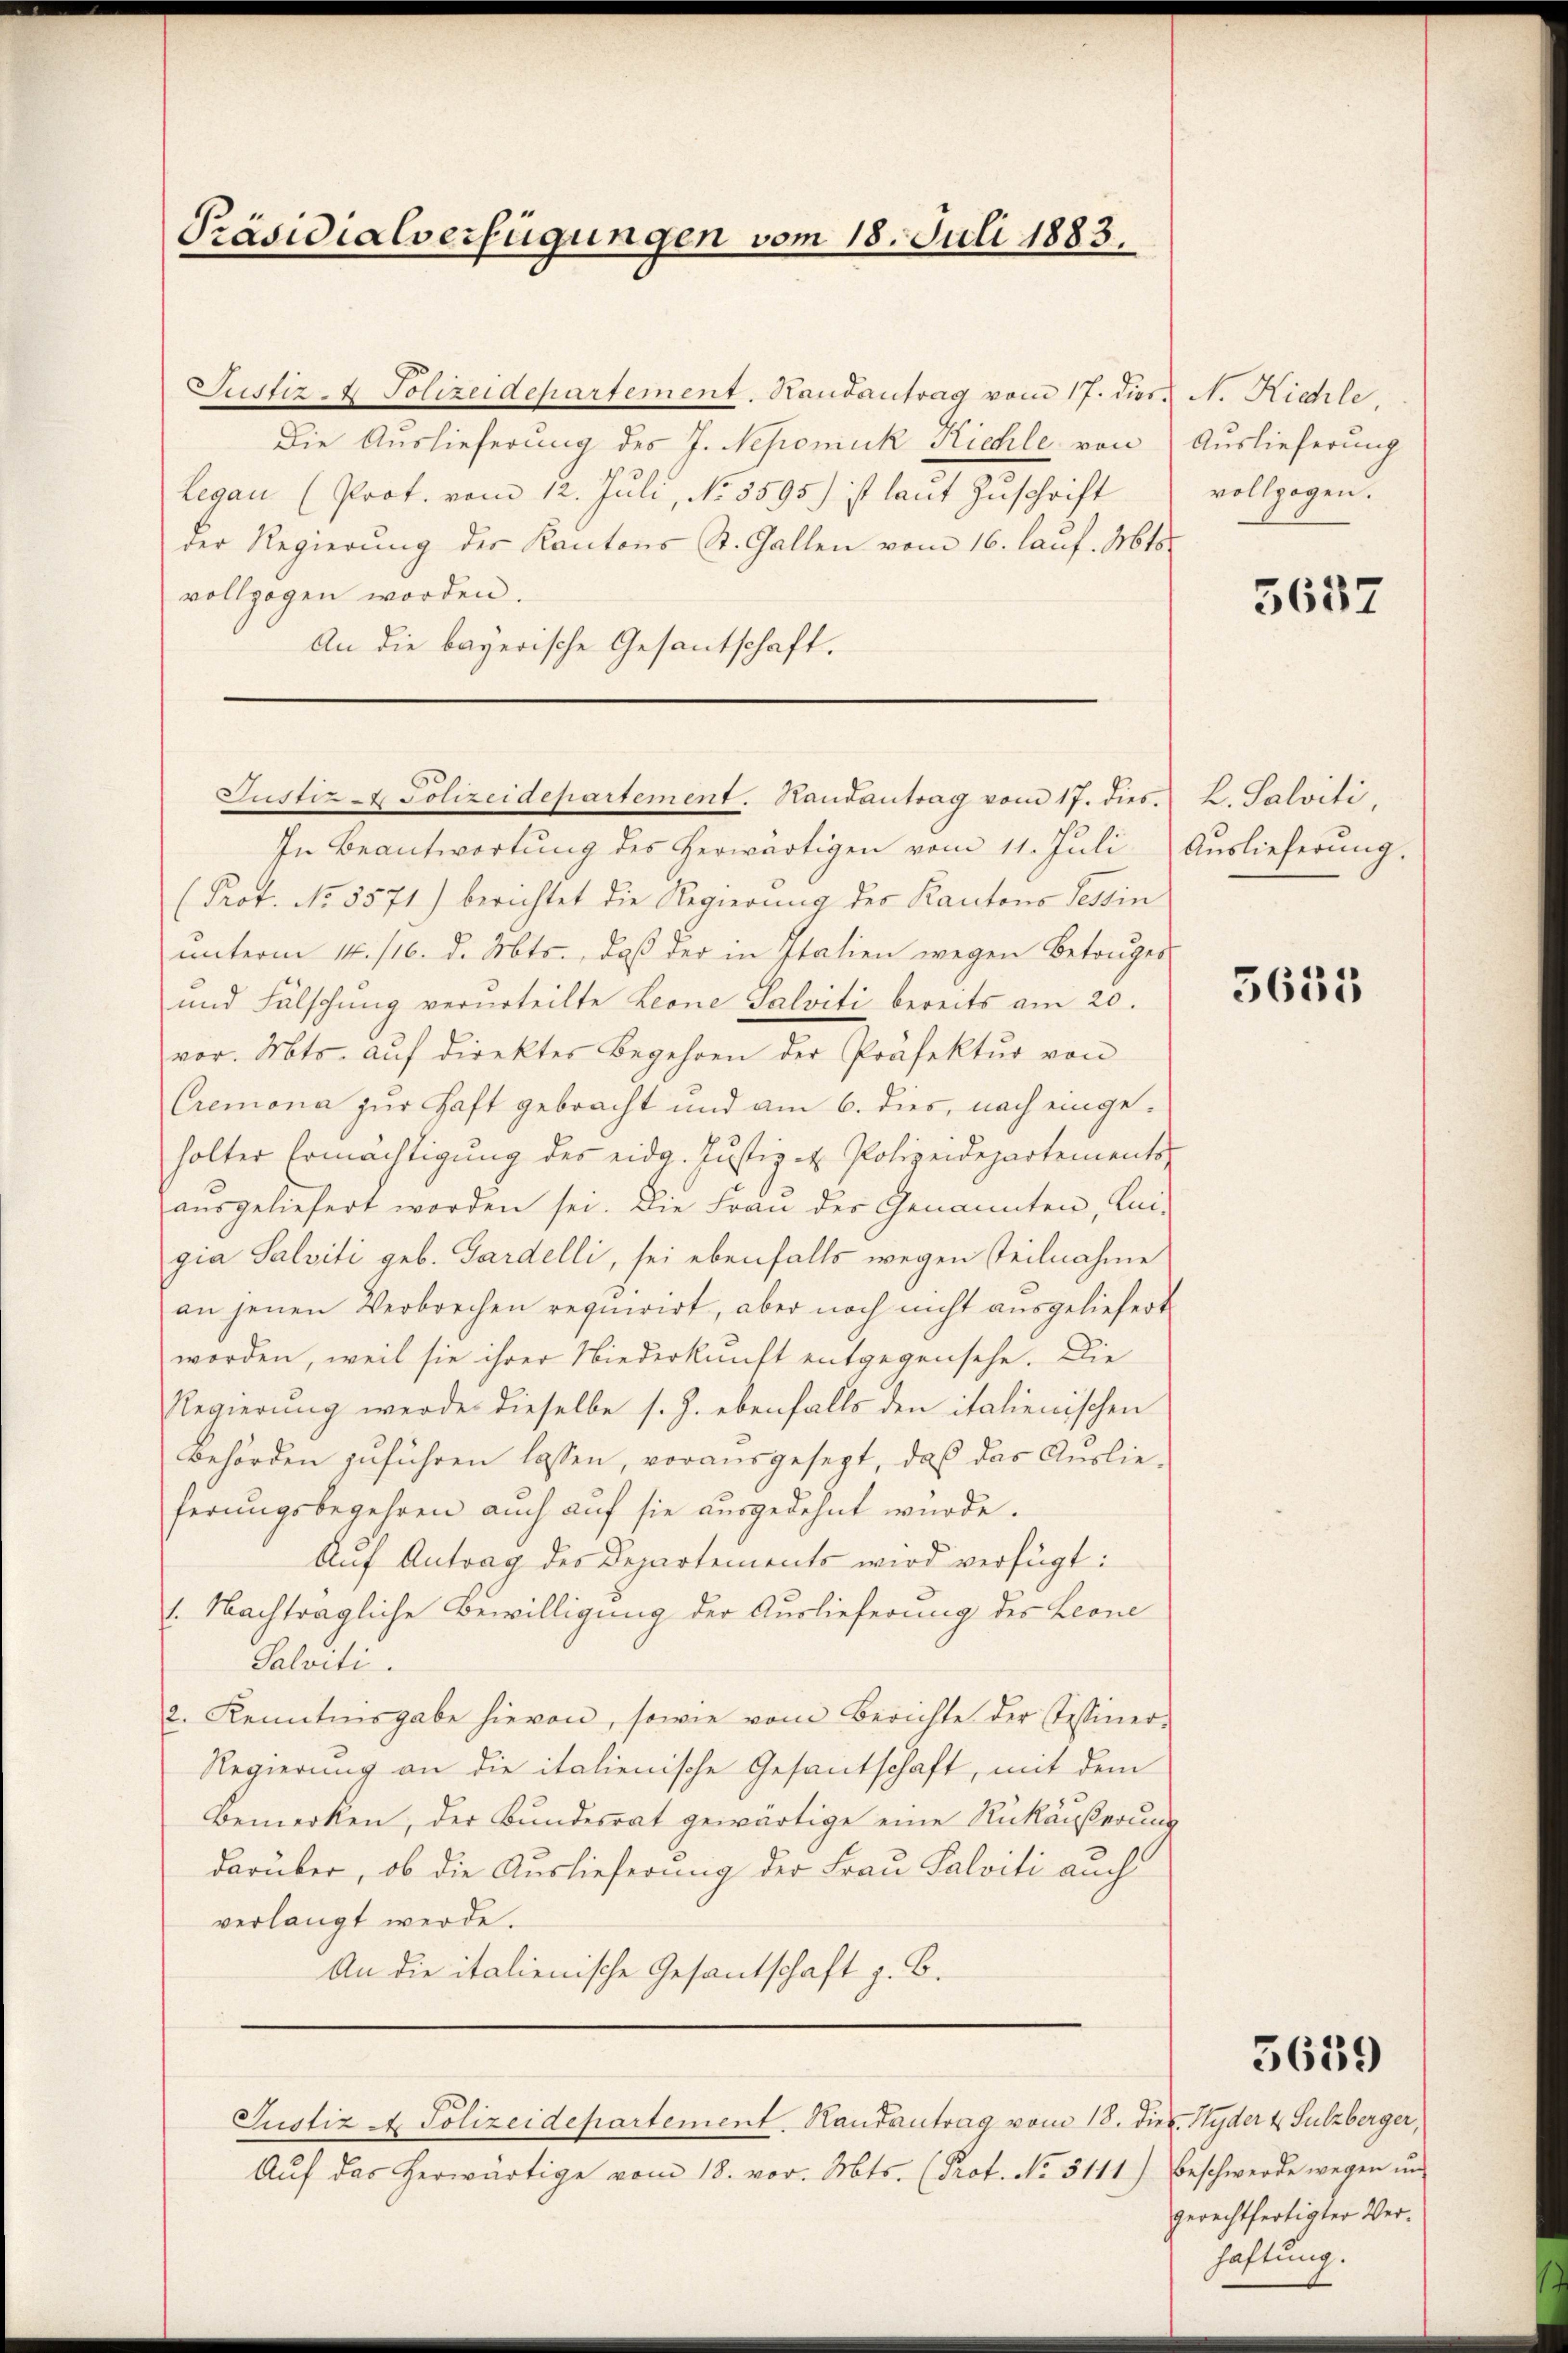
Präsidialverfügungen vom 18. Juli 1883.

Justiz- & Polizeidepartement. Handantrag vom 17. dies. N. Richle
Die Auslieferung des J. Nepomuk Kichle von
Legau (Prot. vom 12. Juli, No. 5595) ist laut Zuschrift
der Regierung der Kantons St. Gallen vom 16. lauf. Mts.
vollzogen worden.
An die bayerische Gesantschaft.

Justiz- & Polizeidepartement. Handantrag vom 17. dies. L. Salviti,

In Beantwortung des herwärtigen vom 11. Juli
(Prot. No. 3571) berichtet die Regierung des Kantons Tessin
unterm 14. /16. d. Mts., daß der in Italien wegen Betruges
und Fälschung verurteilte Leone Salviti bereits am 20.
vor. Mts. aŭf direktes Begehren der Präfektŭr von
Cremona zur Haft gebracht und am 6. dies, nach eingeholter Ermächtigung des eidg. Justiz - Polizeidepartements
ausgeliefert worden sei. Die Frau der Genannten, Lei-
gia Salviti geb. Gardelli, sei ebenfalls wegen Teilnahme
an jenen Verbrechen requirirt, aber noch nicht ausgeliefert
worden, weil sie ihrer Niederkunft entgegensehe. Die
Regierung werde dieselbe s. Z. ebenfalls den italienischen
Behörden zuführen lassen, vorausgesezt, daß das Auslieferungsbegehren auch auf sie ausgedehnt würde.
Aŭf Antrag des Departements wird verfügt:
1. Nachträgliche Bewilligung der Auslieferung des Leone
Salviti.
2. Kenntnisgabe hievon, sowie vom Berichte der Tessiner-
Regierung an die italienische Gesantschaft, mit dem
Bemerken, der Bundesrat gewärtige eine Rückäußerung
darüber, ob die Auslieferung der Frau Salviti auch
verlangt werde.
An die italienische Gesantschaft z. B.
Justiz - Polizeidepartement. Handantrag vom 18. Diez. Hyder u. Sulzberger,
Aŭf das herwärtige vom 18. vor. Mts. (Prof. No. 5111) Beschwerde wegen ŭn-

Auslieferung
vollzogen.

5637

Auslieferung.

5633

5639

gerechtfertigter Verhaftung.